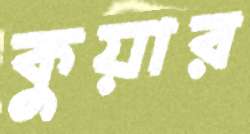
কুয়ার